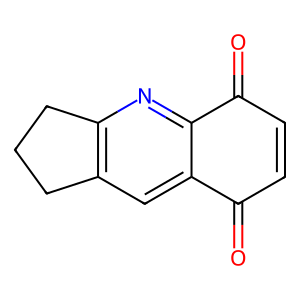
SMILES: O=C1C=CC(=O)c2nc3c(cc21)CCC3
Inhibits HIV replication: No